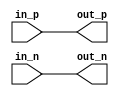
module io_block_Diff_buffer (
    input in_p,
    input in_n,
    output out_p,
    output out_n
);

assign out_p = in_p;
assign out_n = in_n;

endmodule